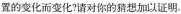
置的变化而变化？请对你的猜想加以证明.